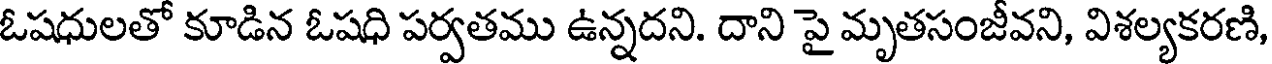
ఓషధులతో కూడిన ఓషధి పర్వతము ఉన్నదని. దాని పై మృతసంజీవని, విశల్యకరణి,